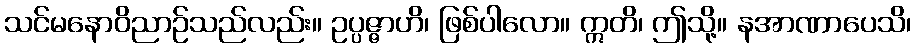
သင်မနောဝိညာဉ်သည်လည်း။ ဥပ္ပဇ္ဇာဟိ၊ ဖြစ်ပါလော။ ဣတိ၊ ဤသို့။ နအာဏာပေသိ၊